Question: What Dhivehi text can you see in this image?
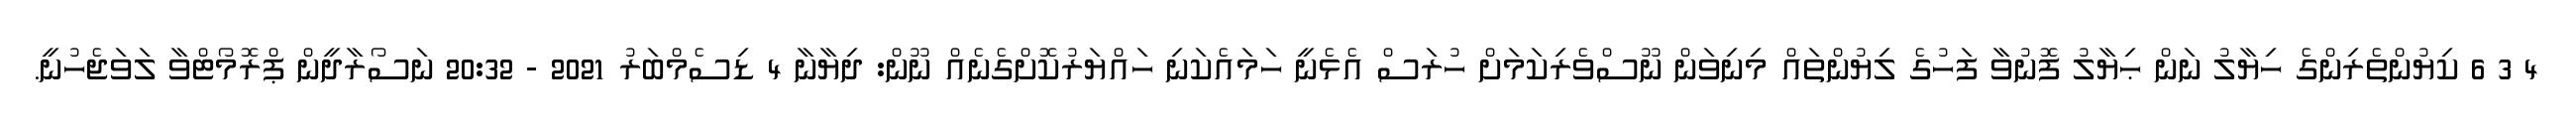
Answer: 4 3 6 ކިޔުންތެރިންގެ ހިޔާލު ނަން ޙިޔާލު ފޮނުވާ ފަހުގެ ލިޔުންތައް މިނިވަން ނޫސްވެރިކަމަށް ހުރަސް އެޅެނީ ހަމައެކަނި ހައްޔަރުކޮށްގެނެއް ނޫން: ދިޔާނާ 4 ޑިސެމްބަރު 2021 - 20:32 ނަސޯރާދީން ޕްރޮމޯޓްވާ ލަވަޖެހުނީ.